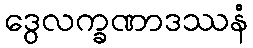
ဒွေလက္ခဏာဒဿနံ